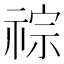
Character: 𥚎